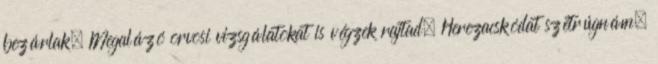
bezárlak. Megalázó orvosi vizsgálatokat is végzek rajtad. Herezacskódat szétrúgnám,